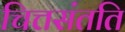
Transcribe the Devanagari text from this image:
चित्तसंतति